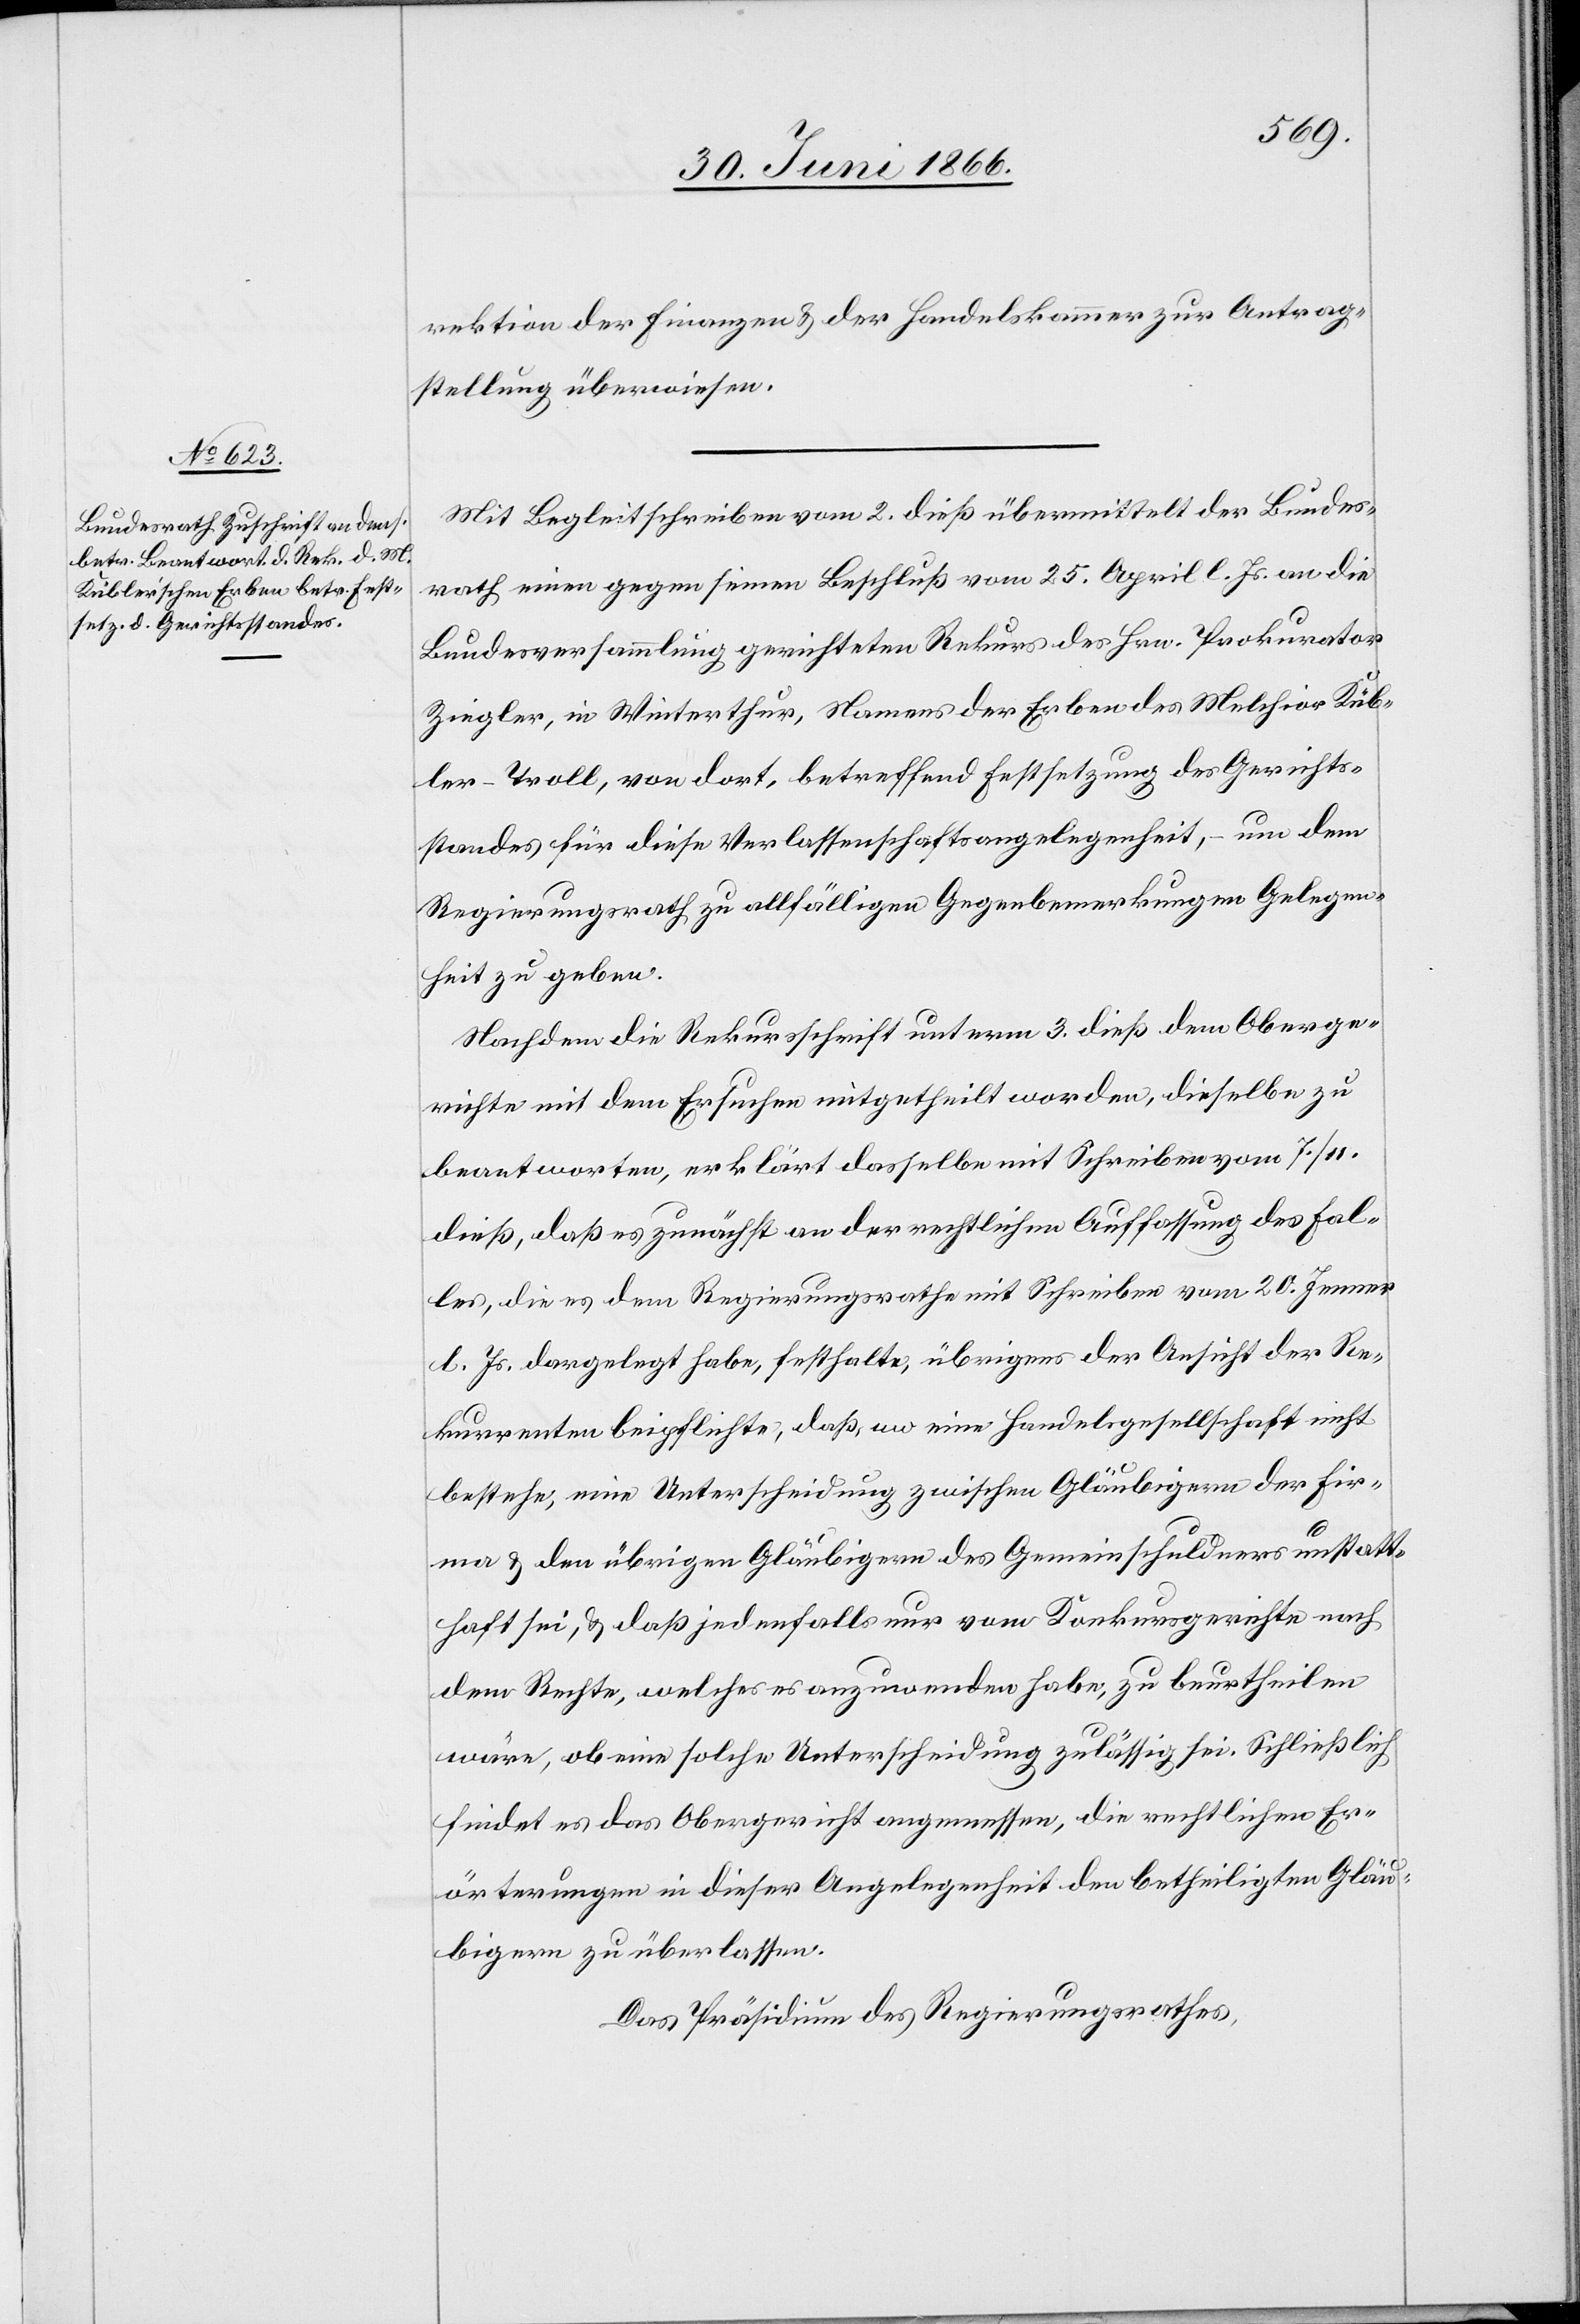
rektion der Finanzen u. der Handelskammer zur Antrag¬
stellung überwiesen.
Mit Begleitschreiben vom 2. dieß übermittelt der Bundes¬
rath einen gegen seinen Beschluß vom 25. April l. Js. an die
Bundesversammlung gerichteten Rekurs des Hrn. Prokurator
Ziegler, in Winterthur, Namens der Erben des Melchior Küb¬
ler-Troll, von dort, betreffend Festsetzung des Gerichts¬
standes für diese Verlassenschaftsangelegenheit, – um dem
Regierungsrath zu allfälligen Gegenbemerkungen Gelegen¬
heit zu geben.
Nachdem die Rekursschrift unterm 3. dieß dem Oberge¬
richte mit dem Ersuchen mitgetheilt worden, dieselbe zu
beantworten, erklärt dasselbe mit Schreiben vom 7./11.
dieß, daß es zunächst an der rechtlichen Auffassung des Fal¬
les, die es dem Regierungsrathe mit Schreiben vom 20. Jenner
l. Js. dargelegt habe, festhalte, übrigens der Ansicht der Re¬
kurrenten beipflichte, daß, wo eine Handelsgesellschaft nicht
bestehe, eine Unterscheidung zwischen Gläubigern der Fir¬
ma u. den übrigen Gläubigern des Gemeinschuldners unstatt¬
haft sei, u. daß jedenfalls nur vom Konkursgerichte nach
dem Rechte, welches es anzuwenden habe, zu beurtheilen
12.
wäre, ob eine solche Unterscheidung zulässig sei. Schließlich
findet es das Obergericht angemessen, die rechtlichen Er¬
örterungen in dieser Angelegenheit den betheiligten Gläu¬
bigern zu überlassen.
Das Präsidium des Regierungsrathes,